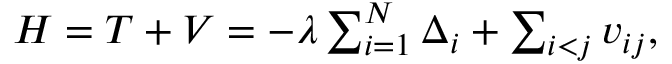
\begin{array} { r } { { \cal H } = { \cal T } + { \cal V } = - \lambda \sum _ { i = 1 } ^ { N } \Delta _ { i } + \sum _ { i < j } v _ { i j } , } \end{array}